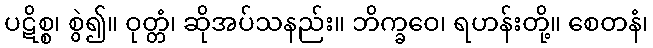
ပဋိစ္စ၊ စွဲ၍။ ဝုတ္တံ၊ ဆိုအပ်သနည်း။ ဘိက္ခဝေ၊ ရဟန်းတို့။ စေတနံ၊